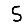
Digit: 5